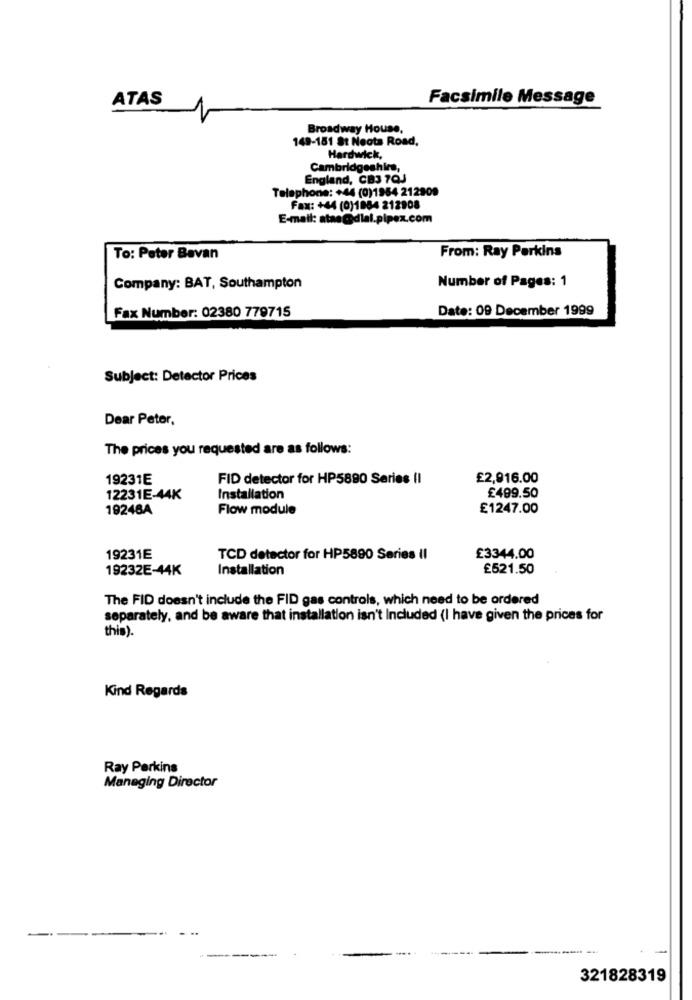
ATAS
Facsimile Message
Broadway House,
149-181 St Necta Road.
Hardwick,
Cambridgeshire,
England, CB3 7QJ
Telephone: +44 (0)1954 212909
Fax: +44 (0)1884 212908
E-mail: atae@dlal.pipex.com
From: Ray Perkins
To: Peter Bevan
Number of Pages: 1
Company: BAT, Southampton
Date: 09 December 1999
Fax Number: 02380 779715
Subject: Detector Prices
Dear Peter,
The prices you requested are as follows:
19231E
FID detector for HP5890 Series II
£2,916.00
12231E-44K
Installation
£499.50
19248A
Flow module
£1247.00
19231E
TCD detector for HP5890 Series II
£3344.00
19232E-44K
Installation
£521.50
The FID doesn't include the FID gas controls, which need to be ordered
separately, and be aware that installation isn't Included (I have given the prices for
this).
Kind Regards
Ray Perkins
Managing Director
-
321828319